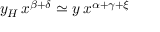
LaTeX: y _ { H } \, x ^ { \beta + \delta } \simeq y \, x ^ { \alpha + \gamma + \xi }